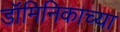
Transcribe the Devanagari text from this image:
डॉमिनिकाच्या